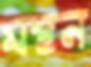
মন্থন